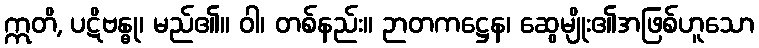
ဣတိ, ပဋိဗန္ဓု၊ မည်၏။ ဝါ၊ တစ်နည်း။ ဉာတကဋ္ဌေန၊ ဆွေမျိုး၏အဖြစ်ဟူသော